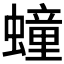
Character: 𧑆